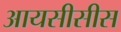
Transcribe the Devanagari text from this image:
आयसीसीस